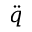
\ddot { q }